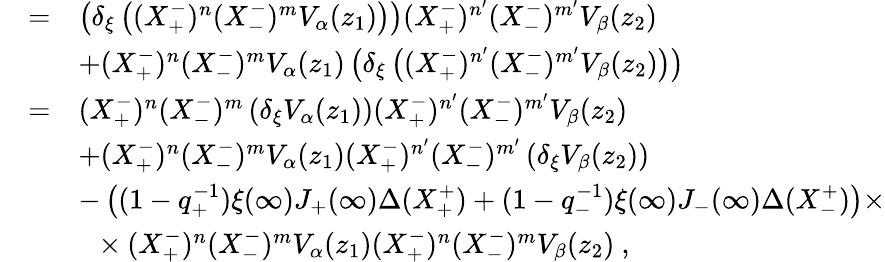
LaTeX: \begin{array}{rcl}{{}}&{{=}}&{{\left(\delta_{\xi}\left((X_{+}^{-})^{n}(X_{-}^{-})^{m}V_{\alpha}(z_{1})\right)\right)(X_{+}^{-})^{n^{\prime}}(X_{-}^{-})^{m^{\prime}}V_{\beta}(z_{2})}}\\ {{}}&{{}}&{{+(X_{+}^{-})^{n}(X_{-}^{-})^{m}V_{\alpha}(z_{1})\left(\delta_{\xi}\left((X_{+}^{-})^{n^{\prime}}(X_{-}^{-})^{m^{\prime}}V_{\beta}(z_{2})\right)\right)}}\\ {{}}&{{=}}&{{(X_{+}^{-})^{n}(X_{-}^{-})^{m}\left(\delta_{\xi}V_{\alpha}(z_{1})\right)(X_{+}^{-})^{n^{\prime}}(X_{-}^{-})^{m^{\prime}}V_{\beta}(z_{2})}}\\ {{}}&{{}}&{{+(X_{+}^{-})^{n}(X_{-}^{-})^{m}V_{\alpha}(z_{1})(X_{+}^{-})^{n^{\prime}}(X_{-}^{-})^{m^{\prime}}\left(\delta_{\xi}V_{\beta}(z_{2})\right)}}\\ {{}}&{{}}&{{-\left((1-q_{+}^{-1})\xi(\infty)J_{+}(\infty)\Delta(X_{+}^{+})+(1-q_{-}^{-1})\xi(\infty)J_{-}(\infty)\Delta(X_{-}^{+})\right)\times}}\\ {{}}&{{}}&{{~~\times(X_{+}^{-})^{n}(X_{-}^{-})^{m}V_{\alpha}(z_{1})(X_{+}^{-})^{n}(X_{-}^{-})^{m}V_{\beta}(z_{2})~,}}\end{array}